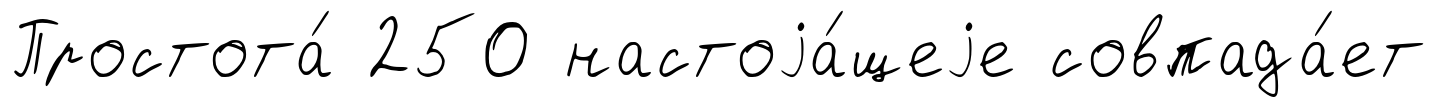
Простота́ 250 настоjа́щеjе совпада́ет